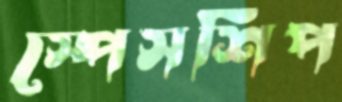
স্পেসশিপ